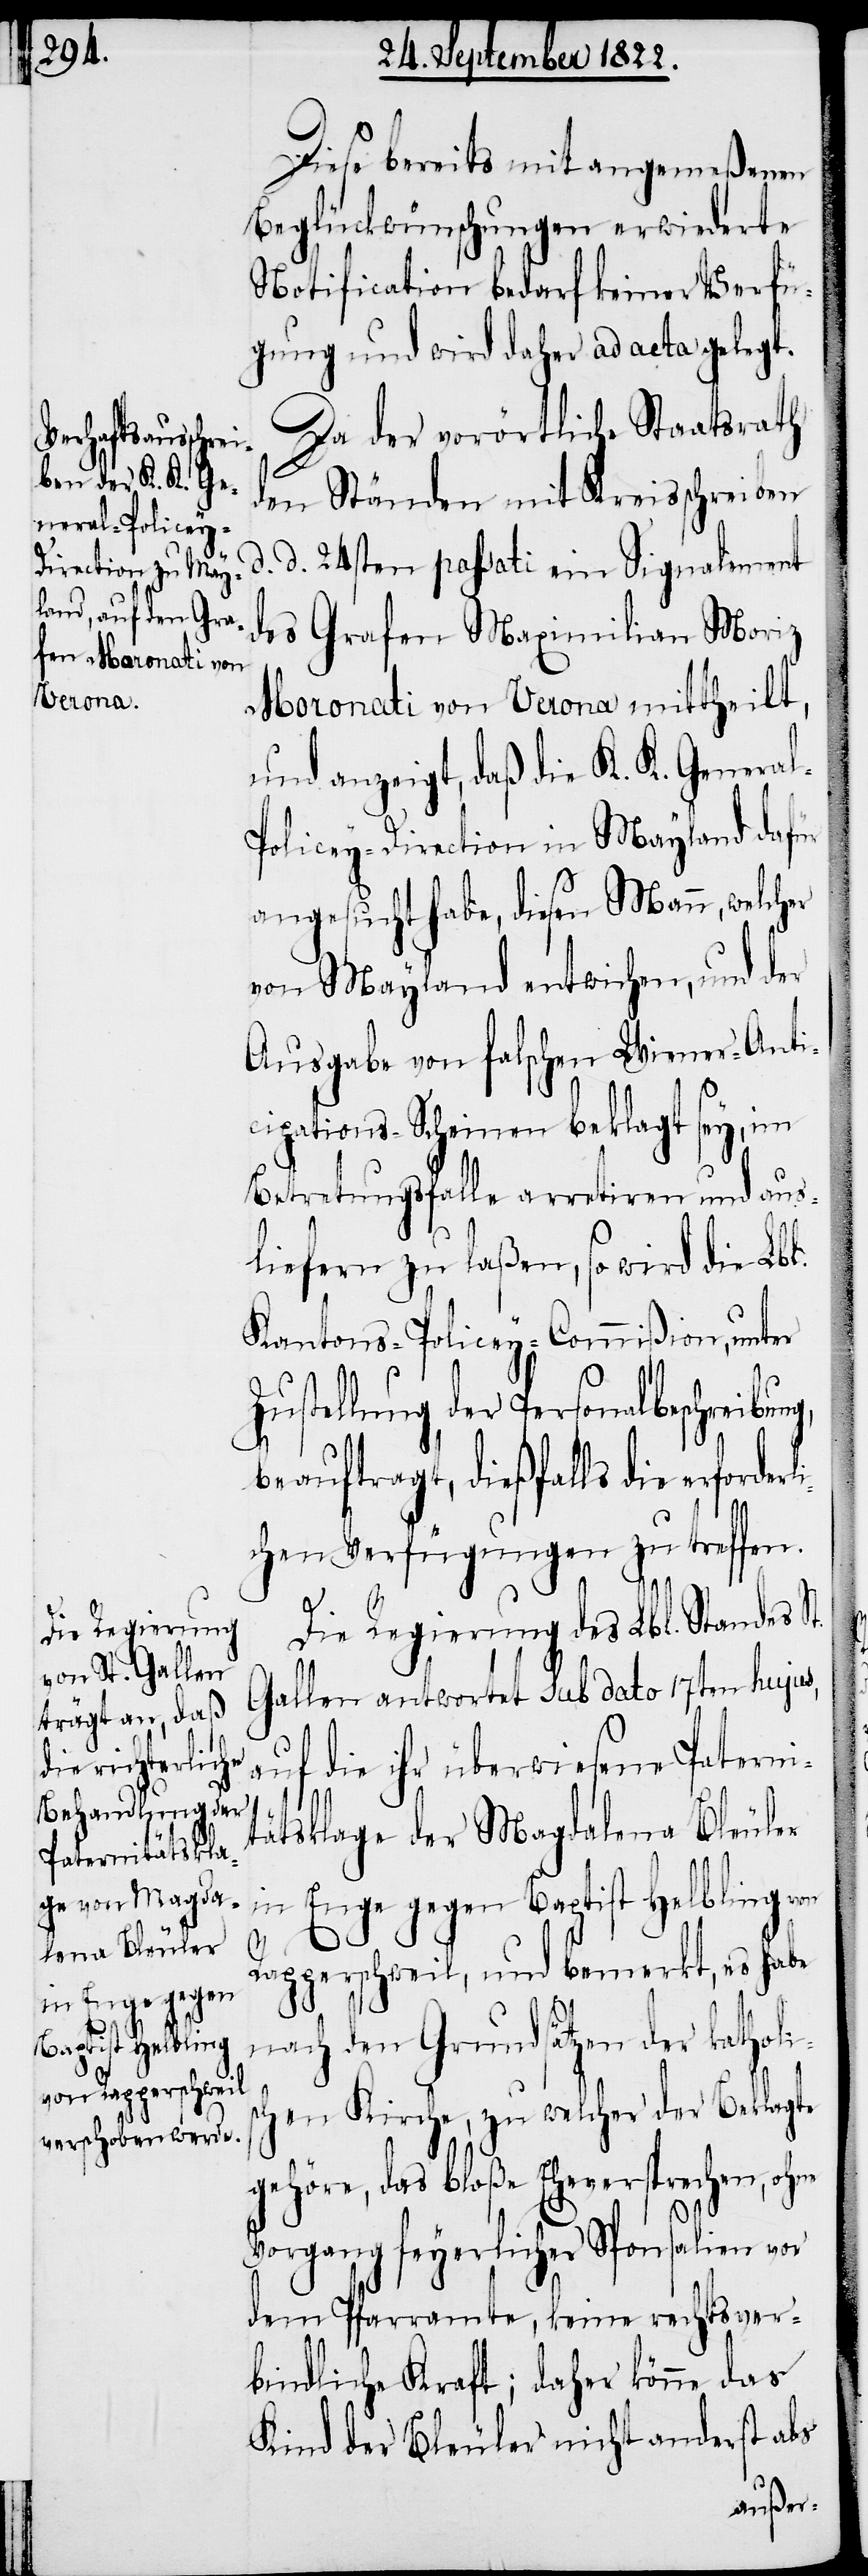
Diese bereits mit angemeßenen
Beglückwünschungen erwiederte
Notification bedarf keiner Verfü¬
gung und wird daher ad acta gelegt.
Da der vorörtliche Staatsrath
den Ständen mit Kreisschreiben
d. d. 24sten passati ein Signalement
des Grafen Maximilian Moriz
Moronati von Verona mittheilt,
und anzeigt, daß die K. K. Genera¬
olicey-Direction in Mayland dafür
angesucht habe, diesen Mann, welcher
von Mayland entwichen, und der
Ausgabe von falschen Wiener-Anti¬
cipations-Scheinen beklagt sey, im
Betretungsfalle arretiren und aus¬
liefern zu laßen, so wird die Lbl.
Kantons-Policey-Commißion, unter
Zustellung der Personalbeschreibu¬
beauftragt, dießfalls die erforde¬
t.
ichen Verfügungen zu treffen.
Die Regierung des Lbl. Standes S¬
Gallen antwortet Sub dato 17ten hujus,
auf die ihr überwiesene Paterni¬
tätsklage der Magdalena Bleuler
in Enge gegen Baptist Helbling von
ng,
Rapperschweil, und bemerkt, es habe
nach den Grundsätzen der katholis¬
chen Kirche, zu welcher der Beklagte
gehöre, das bloße Eheversprechen, ohne
Vorgang feyerlicher Sponsalien vor
dem Pfarramte, keine rechtsver¬
bindliche Kraft; daher könne das
Kind der Bleuler nicht anderst als